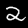
Digit: 2